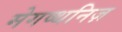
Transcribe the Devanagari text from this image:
मेगष्थनिज़